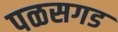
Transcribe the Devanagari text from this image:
पळसगड